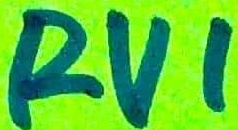
Text: RV1